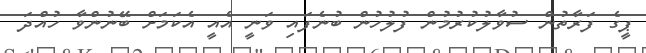
ޕީގެ ފަރާތުން ސުވާލުކުރުމުން ފުލުހުން ބުނެފައި ވަނީ އެއީ އެކަމަށް ބޭނުންވާ ހުއްދަ